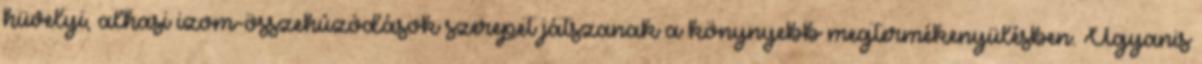
hüvelyi, alhasi izom-összehúzódások szerepet játszanak a könynyebb megtermékenyülésben. Ugyanis